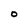
Character: O